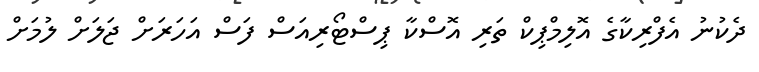
ދެކުނު އެފްރިކާގެ އޮލިމްޕިކް ތަރި އޮސްކާ ޕިސްޓޯރިއަސް ފަސް އަހަރަށް ޖަލަށް ލުމަށް